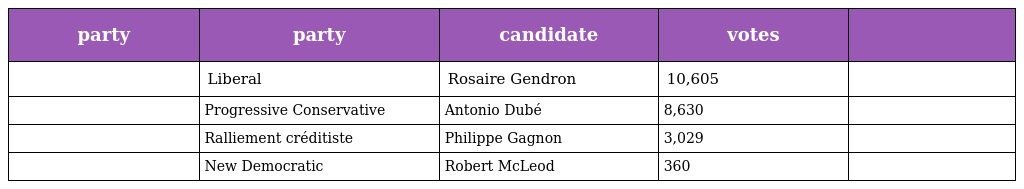
| party | party | candidate | votes |  |
 | --- | --- | --- | --- | --- |
 |  | Liberal | Rosaire Gendron | 10,605 |  |
 |  | Progressive Conservative | Antonio Dubé | 8,630 |  |
 |  | Ralliement créditiste | Philippe Gagnon | 3,029 |  |
 |  | New Democratic | Robert McLeod | 360 |  |